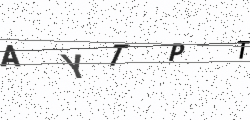
Text: AYTPT